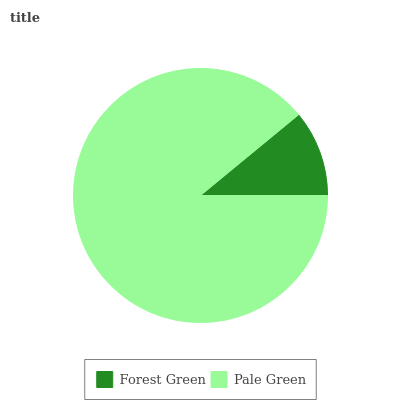
| Forest Green | Pale Green |
 | --- | --- |
 | 11% | 89% |